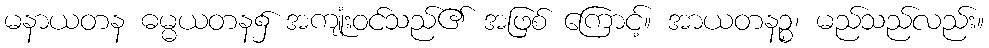
မနာယတန ဓမ္မယတန၌ အကျုံးဝင်သည်၏ အဖြစ် ကြောင့်။ အာယတနဉ္စ၊ မည်သည်လည်း။